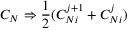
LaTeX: C _ { N } \Rightarrow { \frac { 1 } { 2 } } ( C _ { N i } ^ { j + 1 } + C _ { N i } ^ { j } )